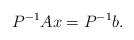
LaTeX: \begin{align*}P^{-1} A x = P^{-1} b.\end{align*}